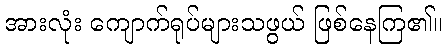
အားလုံး ကျောက်ရုပ်များသဖွယ် ဖြစ်နေကြ၏။